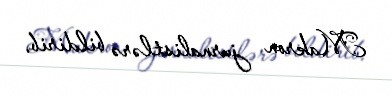
Makron jurnalistlərə bildirib.